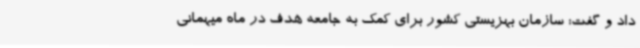
داد و گفت: سازمان بهزیستی کشور برای کمک به جامعه هدف در ماه میهمانی